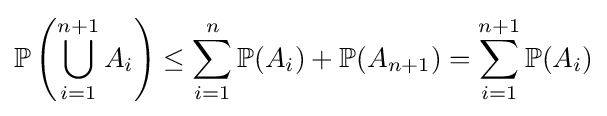
\mathbb {P} \left(\bigcup _{i=1}^{n+1}A_{i}\right)\leq \sum _{i=1}^{n}\mathbb {P} (A_{i})+\mathbb {P} (A_{n+1})=\sum _{i=1}^{n+1}\mathbb {P} (A_{i})